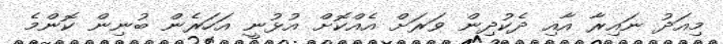
މިއަދު ނައިރާ އާއި ދެކުދިން ވަރަށް އެއްކޮށް އުޅުނީ އަހަރެން ބުނިން ކޮންމެ